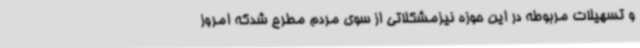
و تسهیلات مربوطه در این حوزه نیزمشکلاتی از سوی مردم مطرح شدکه امروز